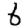
Digit: 6